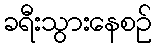
ခရီးသွားနေစဉ်